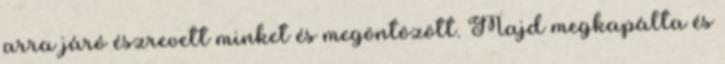
arra járó észrevett minket és megöntözött. Majd megkapálta és